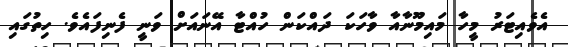
އެވެއިޓަރު މީހާ މައިމޫނާއާ ވާހަކަ ދައްކަން ހުއްޓާ އޭނައަށް ވަނީ ފެނިފައެވެ. ހިތުގައި